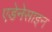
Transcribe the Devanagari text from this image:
एडेनेसाइन